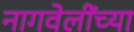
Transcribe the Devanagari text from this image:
नागवेलींच्या